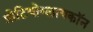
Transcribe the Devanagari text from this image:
प्रोटियोग्लायकॉन